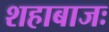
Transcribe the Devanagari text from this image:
शहाबाजः